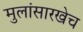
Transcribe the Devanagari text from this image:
मुलांसारखेच